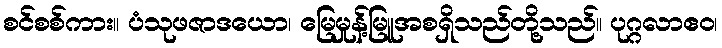
စင်စစ်ကား။ ပံသုဖဇာဒယော၊ မြေမှုန့်မြူအစရှိသည်တို့သည်။ ပုဂ္ဂလာဧဝ၊